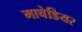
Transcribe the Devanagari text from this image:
माचेडियर